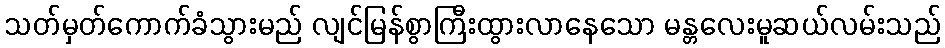
သတ်မှတ်ကောက်ခံသွားမည် လျင်မြန်စွာကြီးထွားလာနေသော မန္တလေးမူဆယ်လမ်းသည်